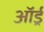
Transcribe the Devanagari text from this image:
ऑर्ड्र